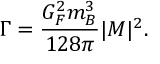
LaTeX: \Gamma = \frac { G _ { F } ^ { 2 } m _ { B } ^ { 3 } } { 1 2 8 \pi } | { \cal M } | ^ { 2 } .